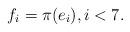
LaTeX: \begin{align*}&f_{i}=\pi(e_i),i<7.\end{align*}